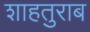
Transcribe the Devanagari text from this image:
शाहतुराब